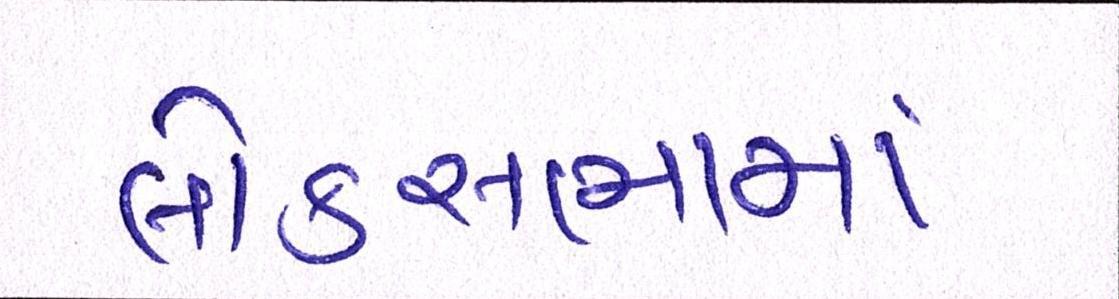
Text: લોકસભામાં